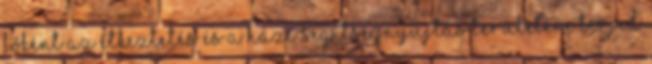
főként az étkeztetés és a házi segítségnyújtás területére terjed